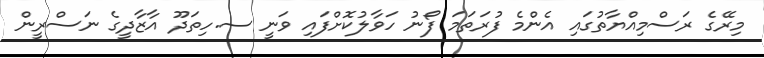
މިރޭގެ ރަސްމިއްޔާތުގައި އެންމެ ފުރަތަމަ ފޯނު ހަވާލުކޮށްފައި ވަނީ ސ.ހިތަދޫ އާޒާދީގެ ނަސްރީން